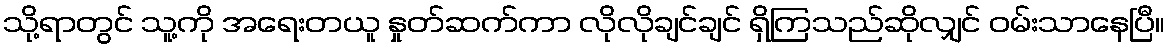
သို့ရာတွင် သူ့ကို အရေးတယူ နှုတ်ဆက်ကာ လိုလိုချင်ချင် ရှိကြသည်ဆိုလျှင် ဝမ်းသာနေပြီ။